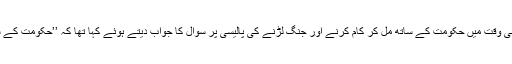
طالبان ترجمان ’’ذبیح اللہ مجاہد‘‘نے اکتوبر ۲۰۱۷ء میں ’’واٹس ایپ‘‘پر انٹرویو دیتے ہوئے ایک ہی وقت میں حکومت کے ساتھ مل کر کام کرنے اور جنگ لڑنے کی پالیسی پر سوال کا جواب دیتے ہوئے کہا تھا کہ ’’حکومت کے ساتھ کام لوگوں کی ضروریات پوری کرنے کے لیے کرتے ہیں اور یہ جنگ کا حصہ نہیں ہے‘‘۔